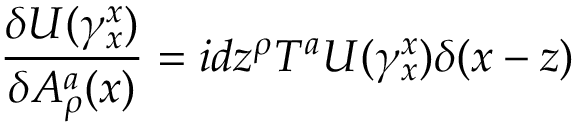
\frac { \delta U ( \gamma _ { x } ^ { x } ) } { \delta A _ { \rho } ^ { a } ( x ) } = i d z ^ { \rho } T ^ { a } U ( \gamma _ { x } ^ { x } ) \delta ( x - z )